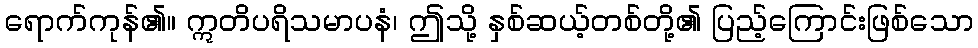
ရောက်ကုန်၏။ ဣတိပရိသမာပနံ၊ ဤသို့ နှစ်ဆယ့်တစ်တို့၏ ပြည့်ကြောင်းဖြစ်သော